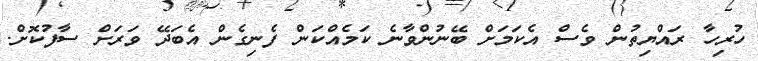
ހުރިހާ ރައްޔިތުން ވެސް އެކަމަށް ބޭނުންވާނެ ކަމެއްކަން ފެނިގެން އެބަދޭ ވަރަށް ސާފުކޮށް.